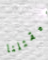
سيقتلنا